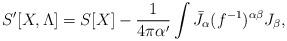
LaTeX: \begin{align*}S'[X,\Lambda] = S[X] - {1 \over 4 \pi \alpha '} \int \bar{J}_{\alpha}(f^{-1})^{\alpha \beta}J_{\beta},\end{align*}